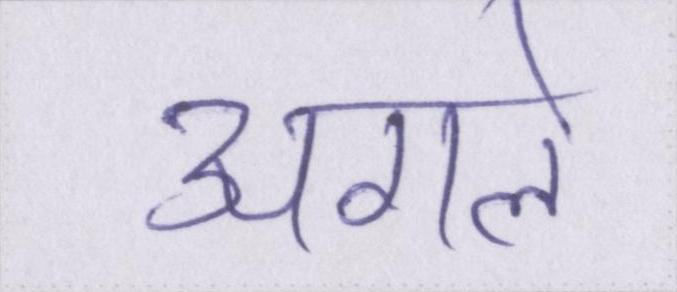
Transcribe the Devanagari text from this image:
अगले